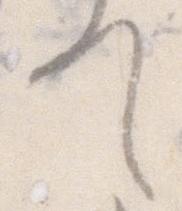
て